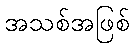
အသစ်အဖြစ်